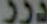
درر